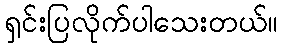
ရှင်းပြလိုက်ပါသေးတယ်။